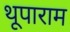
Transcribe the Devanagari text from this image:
थूपाराम